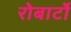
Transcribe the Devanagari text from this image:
रोबार्टो